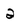
Character: 2